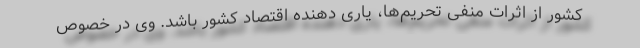
کشور از اثرات منفی تحریم‌ها، یاری دهنده اقتصاد کشور باشد. وی در خصوص